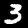
Label: 3